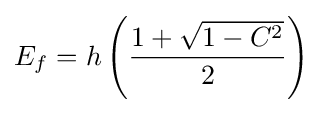
E_{f}=h\left({\frac {1+{\sqrt {1-C^{2}}}}{2}}\right)